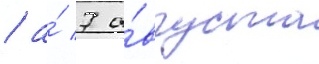
/ а́ 7 а́вгуста